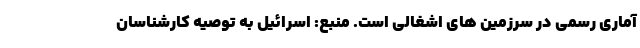
آماری رسمی در سرزمین های اشغالی است. منبع: اسرائیل به توصیه کارشناسان